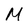
Character: M